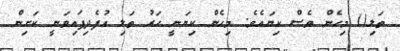
ތަލި() މިހެން ވެސް ކިޔައެވެ. މިހެން ކިޔަނީ ހަރު ތަލި އުފެދިފައިވަނީ ކަށިން